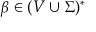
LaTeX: \beta \in ( V \cup \Sigma ) ^ { * }